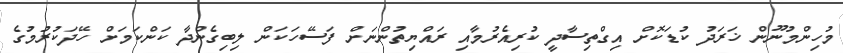
މުހިންމުނޫން ޚަރަދު ކުޑަކޮށް އިގްތިސާދީ ކުރިއެރުމާއި ރައްޔިތުންނަށް ފަސޭހަކަން ލިބިގެންދާ ކަންކަމަށް ހޭދަކުރުމުގެ